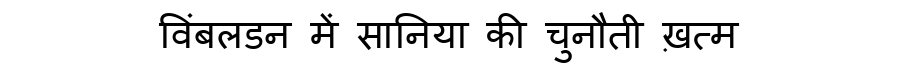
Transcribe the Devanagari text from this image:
विंबलडन में सानिया की चुनौती ख़त्म